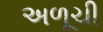
અળૂચી